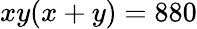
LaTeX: xy(x+y)=880